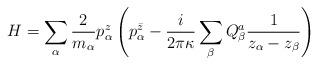
LaTeX: \begin{align*}H=\sum_\alpha \frac{2}{m_\alpha}p_\alpha^z\left(p^{\bar z}_\alpha-{i\over 2\pi \kappa}\sum_\beta Q^a_\beta{1\over z_\alpha -z_\beta}\right)\end{align*}